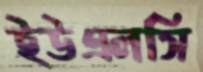
ইউএলসি